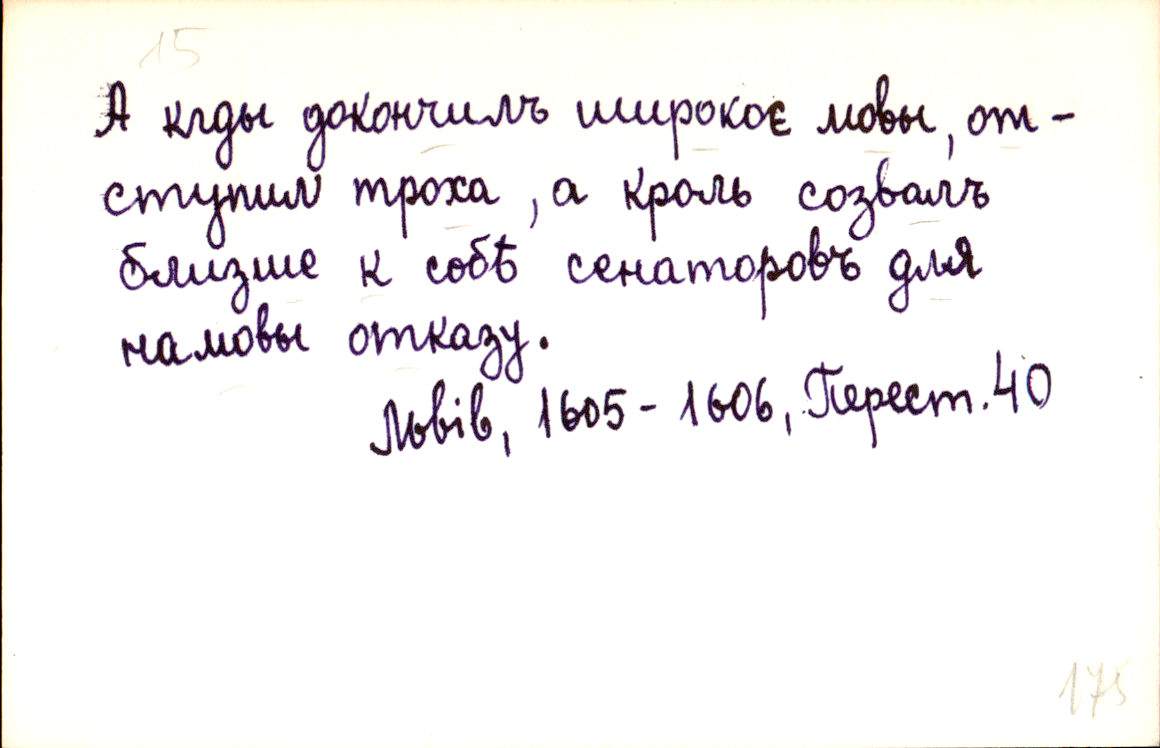
А кгды докончилъ широкоє мовы, от-
ступил троха, а кроль созвалъ
ближше к собѣ сенаторовъ для
намовы отказу.
Львів, 1605-1606, Перест. 40